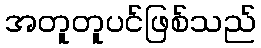
အတူတူပင်ဖြစ်သည်